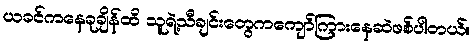
ယခင်ကနေခုချိန်ထိ သူရဲ့သီချင်းတွေကကျော်ကြားနေဆဲဖစ်ပါတယ်။